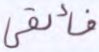
فألقي